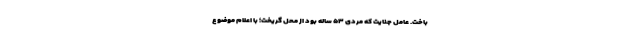
باخت. عامل جنایت که مردی ۵۳ ساله بود از محل گریخت؛ با اعلام موضوع